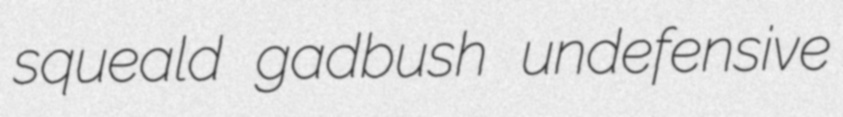
squeald gadbush undefensive